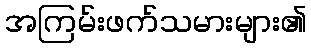
အကြမ်းဖက်သမားများ၏